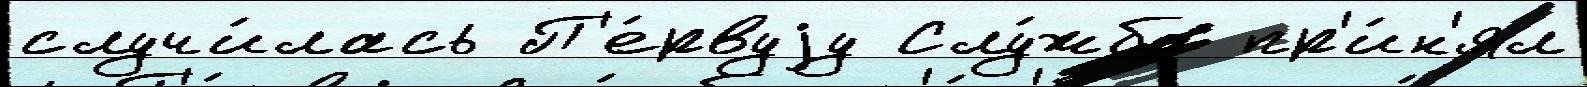
случи́лась П'е́рвуjу Слу́жба пр'и́н'ял